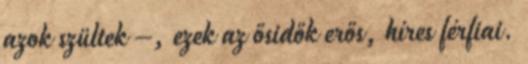
azok szültek –, ezek az ősidők erős, híres férfiai.